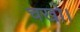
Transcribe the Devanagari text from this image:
चखो।